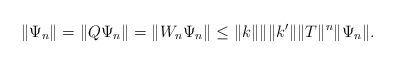
LaTeX: \begin{align*}\|\Psi_n\|=\|Q\Psi_n\|=\|W_n\Psi_n\|\leq\|k\|\|\|k'\|\|T\|^n\|\Psi_n\|.\end{align*}